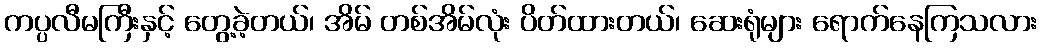
ကပ္ပလီမကြီးနှင့် တွေ့ခဲ့တယ်၊ အိမ် တစ်အိမ်လုံး ပိတ်ထားတယ်၊ ဆေးရုံများ ရောက်နေကြသလား